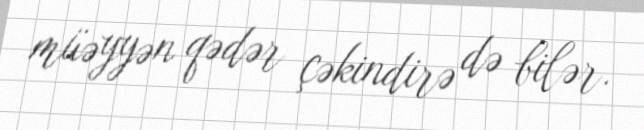
müəyyən qədər çəkindirə də bilər.